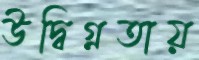
উদ্বিগ্নতায়